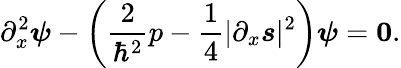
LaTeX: \partial_{x}^{2}\boldsymbol{\psi}-\left(\frac{2}{\hbar^{2}}p-\frac{1}{4}|\partial_{x}\boldsymbol{s}|^{2}\right)\boldsymbol{\psi}=\boldsymbol{0}.